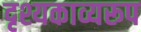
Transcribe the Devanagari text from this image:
दृश्यकाव्यरूप